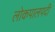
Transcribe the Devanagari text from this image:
लोकपालपदी